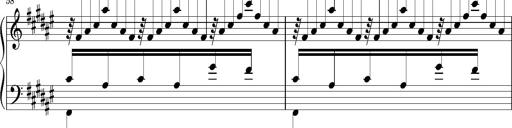
Title: Schlummerlied mit Arabesken
Composer: Franz Liszt
Key: F-sharp major